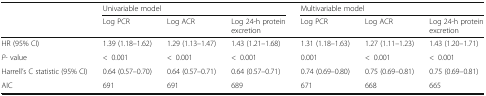
<table><thead><tr><td></td><td colspan="3"><b>Univariable model</b></td><td colspan="3"><b>Multivariable model</b></td></tr><tr><td></td><td><b>Log PCR</b></td><td><b>Log ACR</b></td><td><b>Log 24-h protein excretion</b></td><td><b>Log PCR</b></td><td><b>Log ACR</b></td><td><b>Log 24-h protein excretion</b></td></tr></thead><tbody><tr><td>HR (95% CI)</td><td>1.39 (1.18–1.62)</td><td>1.29 (1.13–1.47)</td><td>1.43 (1.21–1.68)</td><td>1.31 (1.18–1.63)</td><td>1.27 (1.11–1.23)</td><td>1.43 (1.20–1.71)</td></tr><tr><td><i>P</i>- value</td><td>&lt;0.001</td><td>&lt;0.001</td><td>&lt;0.001</td><td>0.001</td><td>&lt;0.001</td><td>&lt;0.001</td></tr><tr><td>Harrell’s C statistic (95% CI)</td><td>0.64 (0.57–0.70)</td><td>0.64 (0.57–0.71)</td><td>0.64 (0.57–0.71)</td><td>0.74 (0.69–0.80)</td><td>0.75 (0.69–0.81)</td><td>0.75 (0.69–0.81)</td></tr><tr><td>AIC</td><td>691</td><td>691</td><td>689</td><td>671</td><td>668</td><td>665</td></tr></tbody></table>